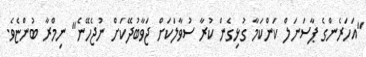
"އަހަރެންގެ ޕާސަނަލް ކަންކަމާ ގުޅިގެން ކުރާ ސުވާލަކަށް ޖަވާބުދޭކަށް ނުޖެހޭނެ" ނިމްރާ ބުންޏެވެ.